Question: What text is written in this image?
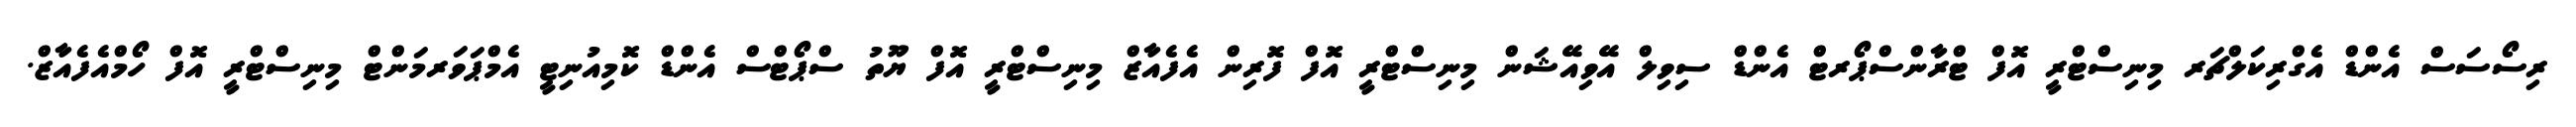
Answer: ރިސޯސަސް އެންޑް އެގްރިކަލްޗަރ މިނިސްޓްރީ އޮފް ޓްރާންސްޕޯރޓް އެންޑް ސިވިލް އޭވިއޭޝަން މިނިސްޓްރީ އޮފް ފޮރިން އެފެއާޒް މިނިސްޓްރީ އޮފް ޔޫތު ސްޕޯޓްސް އެންޑް ކޮމިއުނިޓީ އެމްޕަވަރމަންޓް މިނިސްޓްރީ އޮފް ހޯމްއެފެއާޒް.